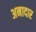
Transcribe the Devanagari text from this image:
अनादार